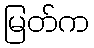
မြတ်က